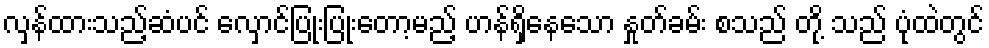
လှန်ထားသည့်ဆံပင် လှောင်ပြုံးပြုံးတော့မည့် ဟန်ရှိနေသော နှုတ်ခမ်း စသည် တို့ သည် ပုံထဲတွင်